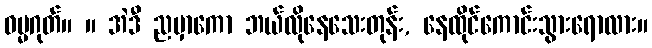
ဓမ္မဂုတ်။ ။ အဲဒီ ညမှာကော ဘယ်လိုနေသေးတုန်း, နေထိုင်ကောင်းသွားရောလား။